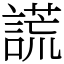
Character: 謊